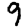
Digit: 9